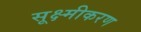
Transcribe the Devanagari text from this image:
सूक्ष्मीकरण